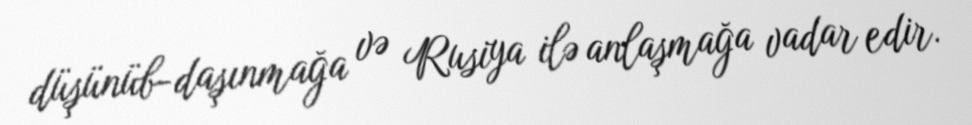
düşünüb-daşınmağa və Rusiya ilə anlaşmağa vadar edir.